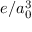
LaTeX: e / a _ { 0 } ^ { 3 }